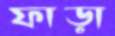
ফাড়া